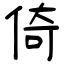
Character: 倚